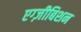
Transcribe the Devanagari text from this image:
एग्ज़ीबिशन